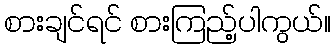
စားချင်ရင် စားကြည့်ပါကွယ်။